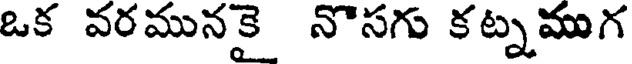
ఒక వరమునకై నొసగు కట్నముగ